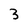
Character: 3